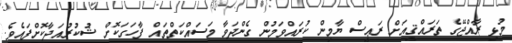
މުޅި ރާއްޖޭގެ ތަރައްޤީއަށް ރަޢީސް ޔާމިން ކުރައްވަމުން ގެންދަވާ މަސައްކަތްތައް ފާހަގަކޮށް ޝުކުރުއަދާކޮށްފައެވެ.